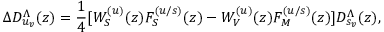
\Delta D _ { u _ { v } } ^ { \Lambda } ( z ) = \frac 1 4 [ W _ { S } ^ { ( u ) } ( z ) F _ { S } ^ { ( u / s ) } ( z ) - W _ { V } ^ { ( u ) } ( z ) F _ { M } ^ { ( u / s ) } ( z ) ] D _ { s _ { v } } ^ { \Lambda } ( z ) ,